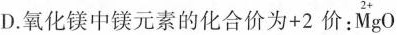
D.氧化镁中镁元素的化合价为+2价：\overset{2+}{M} gO